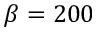
\beta = 2 0 0